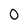
Character: 0